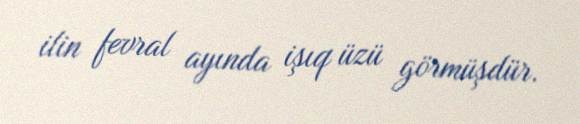
ilin fevral ayında işıq üzü görmüşdür.